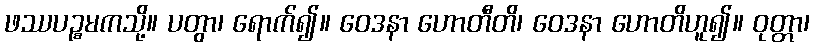
ဖဿပဉ္စမကသို့။ ပတွာ၊ ရောက်၍။ ဝေဒနာ ဟောတီတိ၊ ဝေဒနာ ဟောတိဟူ၍။ ဝုတ္တာ၊